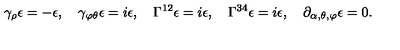
\gamma _ { \rho } \epsilon = - \epsilon , \quad \gamma _ { \varphi \theta } \epsilon = i \epsilon , \quad \Gamma ^ { 1 2 } \epsilon = i \epsilon , \quad \Gamma ^ { 3 4 } \epsilon = i \epsilon , \quad \partial _ { \alpha , \theta , \varphi } \epsilon = 0 .